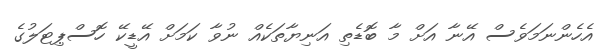
އެހެންނަމަވެސް އޭނާ އަށް މާ ބޮޑެތި އަނިޔާތަކެއް ނުވާ ކަމަށް އޭޑީކޭ ހޮސްޕިޓަލުގެ